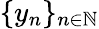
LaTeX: \{ y_{n}\} _{n\in\mathbb{N}}